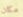
مكان